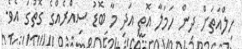
ހިލްއަތަށް ދިން ހަމަލާ އޮތީ އަދި މާ ބޮޑު ސިއްރެއްގެ ގޮތުގަ އެވެ.